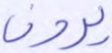
يرون